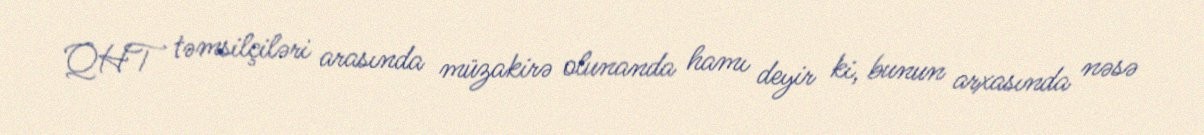
QHT təmsilçiləri arasında müzakirə olunanda hamı deyir ki, bunun arxasında nəsə